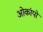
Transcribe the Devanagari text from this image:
ओकांपो